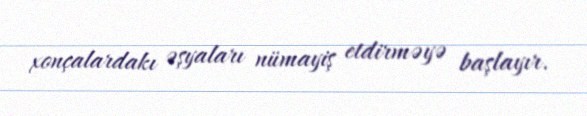
xonçalardakı əşyaları nümayiş etdirməyə başlayır.